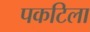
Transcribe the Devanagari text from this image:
पकटिला